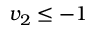
v _ { 2 } \leq - 1